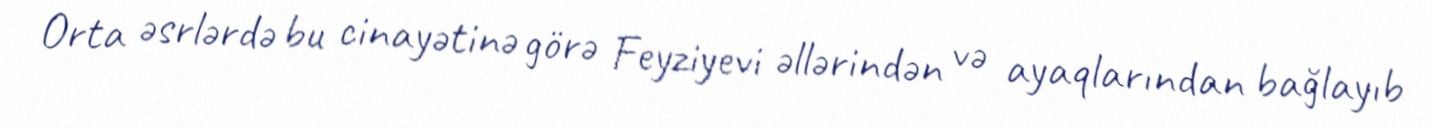
Orta əsrlərdə bu cinayətinə görə Feyziyevi əllərindən və ayaqlarından bağlayıb